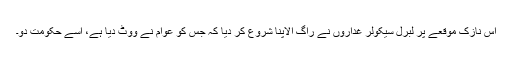
اس نازک موقعے پر لبرل سیکولر غداروں نے راگ الاپنا شروع کر دیا کہ جس کو عوام نے ووٹ دیا ہے، اسے حکومت دو۔